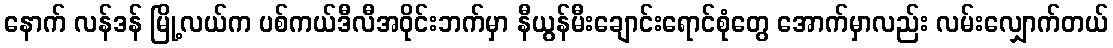
နောက် လန်ဒန် မြို့လယ်က ပစ်ကယ်ဒီလီအဝိုင်းဘက်မှာ နီယွန်မီးချောင်းရောင်စုံတွေ အောက်မှာလည်း လမ်းလျှောက်တယ်